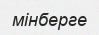
мінберге